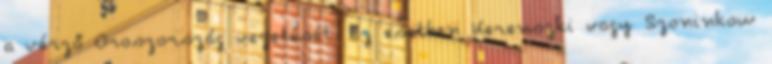
a vérző Oroszország vezetését. Ez esetben Kerenszki vagy Szoninkow